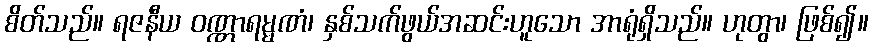
စိတ်သည်။ ရဇနီယ ဝဏ္ဏာရမ္မဏံ၊ နှစ်သက်ဖွယ်အဆင်းဟူသော အာရုံရှိသည်။ ဟုတွာ၊ ဖြစ်၍။